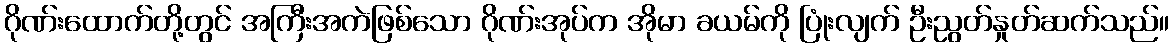
ဂိုဏ်းထောက်တို့တွင် အကြီးအကဲဖြစ်သော ဂိုဏ်းအုပ်က အိုမာ ခယမ်ကို ပြုံးလျက် ဦးညွတ်နှုတ်ဆက်သည်။